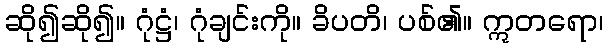
ဆို၍ဆို၍။ ဂုံဋ္ဌံ၊ ဂုံချင်းကို။ ခိပတိ၊ ပစ်၏။ ဣတရော၊